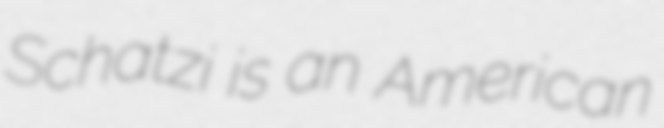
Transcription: Schatzi is an American